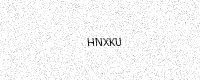
Text: HNXKU